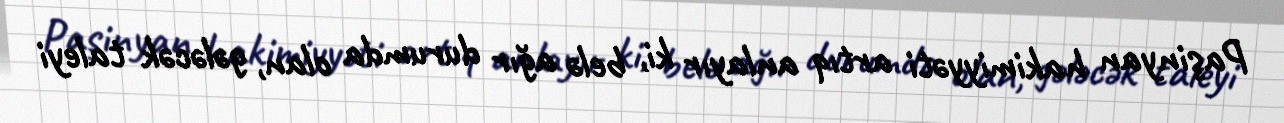
Paşinyan hakimiyyəti artıq anlayır ki, belə ağır durumda olan, gələcək taleyi